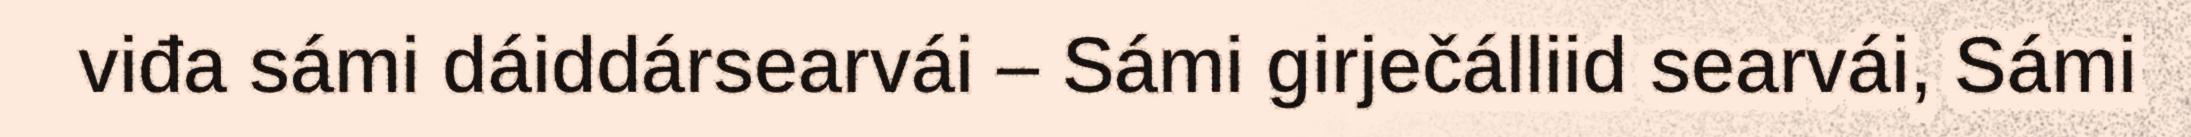
viđa sámi dáiddársearvái – Sámi girječálliid searvái, Sámi